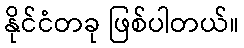
နိုင်ငံတခု ဖြစ်ပါတယ်။